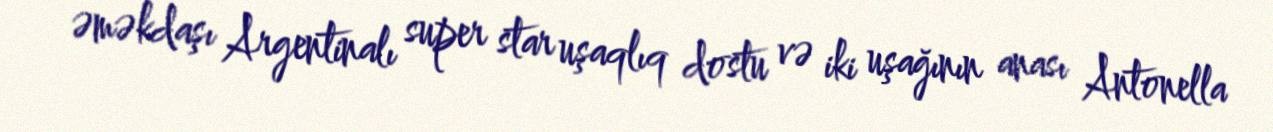
əməkdaşı Argentinalı super star uşaqlıq dostu və iki uşağının anası Antonella